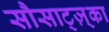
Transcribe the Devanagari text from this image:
सौसाट्ज़्का